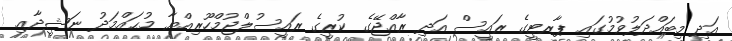
އަދި މިބައްދަލުވުމުގައި ޕާރޓީގެ ރައީސް އަދި ރާއްޖޭގެ ކުރީގެ ރައީސުލްޖުމްހޫރިއްޔާ މުޙައްމަދު ނަޝީދާއި